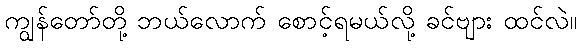
ကျွန်တော်တို့ ဘယ်လောက် စောင့်ရမယ်လို့ ခင်ဗျား ထင်လဲ။